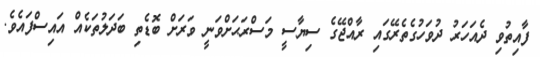
ފާއިތުވި ދެއަހަރު ދުވަހުގެތެރޭގައި ރާއްޖޭގެ ސިޔާސީ މަސްރަޙަށްވަނީ ވަރަށް ބޮޑެތި ބަދަލުތަކެއް އައިސްފައެވެ.